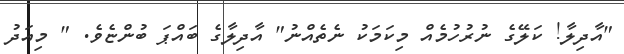
"އާދިލާ! ކަލޭގެ ނުރުހުމެއް މިކަމަކު ނެތެއްނު" އާދިލާގެ ބައްޕަ ބުންޏެވެ. " މިއަދު